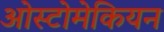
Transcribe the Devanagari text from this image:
ओस्टोमेकियन